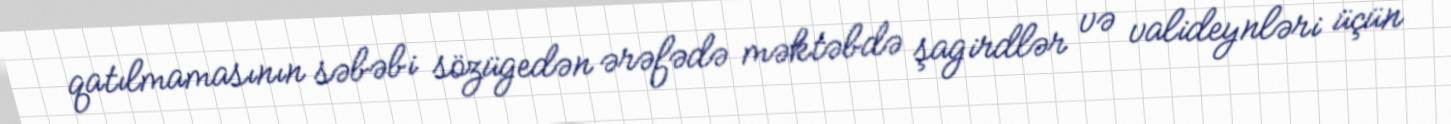
qatılmamasının səbəbi sözügedən ərəfədə məktəbdə şagirdlər və valideynləri üçün